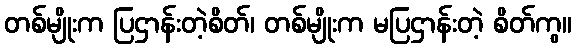
တစ်မျိုးက ပြဌာန်းတဲ့စိတ်၊ တစ်မျိုးက မပြဌာန်းတဲ့ စိတ်ကွ။